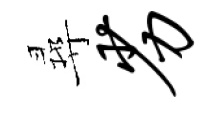
尋劣